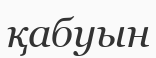
қабуын